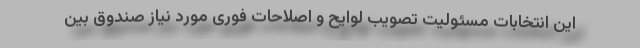
این انتخابات مسئولیت تصویب لوایح و اصلاحات فوری مورد نیاز صندوق بین